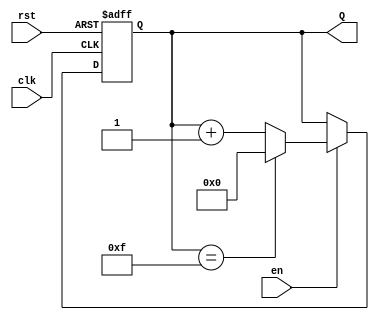
module binary_up_counter #(
    parameter N = 4  // Parameter for the number of bits in the counter
)(
    input wire clk,    // Clock signal
    input wire rst,    // Asynchronous reset signal
    input wire en,     // Enable signal
    output reg [N-1:0] Q  // n-bit output representing the current count value
);

    // Always block triggered on the rising edge of the clock
    always @(posedge clk or posedge rst) begin
        if (rst) begin
            // Asynchronous reset: set count to 0
            Q <= 0;
        end else if (en) begin
            // Increment the counter if enabled
            if (Q == (2**N - 1)) begin
                // Wrap around to 0 if maximum value is reached
                Q <= 0;
            end else begin
                // Increment the counter
                Q <= Q + 1;
            end
        end
    end

endmodule